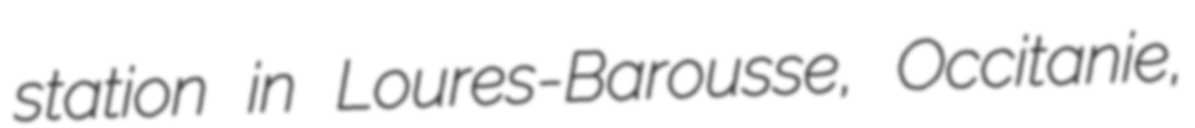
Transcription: station in Loures-Barousse, Occitanie,